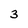
Character: 3